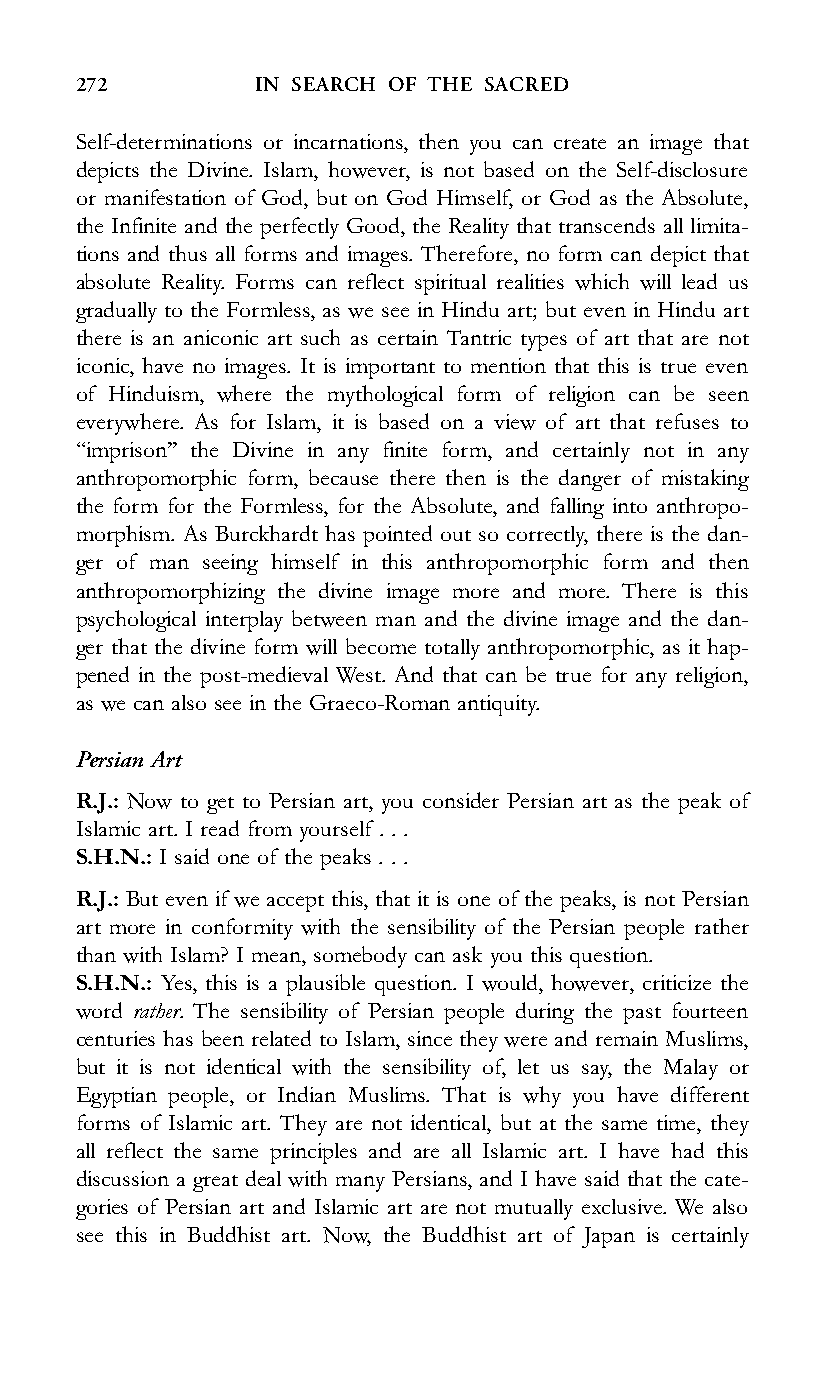
272         IN SEARCH OF THE SACRED
 Self-determinations or incarnations, then you can create an image that
 depicts the Divine. Islam, however, is not based on the Self-disclosure
 or manifestation of God, but on God Himself, or God as the Absolute,
 the Infinite and the perfectly Good, the Reality that transcends all limita-
 tions and thus all forms and images. Therefore, no form can depict that
 absolute Reality. Forms can reflect spiritual realities which will lead us
 gradually to the Formless, as we see in Hindu art; but even in Hindu art
 there is an aniconic art such as certain Tantric types of art that are not
 iconic, have no images. It is important to mention that this is true even
 of Hinduism, where the mythological form of religion can be seen
 everywhere. As for Islam, it is based on a view of art that refuses to
 ‘‘imprison’’ the Divine in any finite form, and certainly not in any
 anthropomorphic form, because there then is the danger of mistaking
 the form for the Formless, for the Absolute, and falling into anthropo-
 morphism. As Burckhardt has pointed out so correctly, there is the dan-
 ger of man seeing himself in this anthropomorphic form and then
 anthropomorphizing the divine image more and more. There is this
 psychological interplay between man and the divine image and the dan-
 ger that the divine form will become totally anthropomorphic, as it hap-
 pened in the post-medieval West. And that can be true for any religion,
 as we can also see in the Graeco-Roman antiquity.
 Persian Art
 R.J.: Now to get to Persian art, you consider Persian art as the peak of
 Islamic art. I read from yourself . . .
 S.H.N.: I said one of the peaks . . .
 R.J.: But even if we accept this, that it is one of the peaks, is not Persian
 art more in conformity with the sensibility of the Persian people rather
 than with Islam? I mean, somebody can ask you this question.
 S.H.N.: Yes, this is a plausible question. I would, however, criticize the
 word rather. The sensibility of Persian people during the past fourteen
 centuries has been related to Islam, since they were and remain Muslims,
 but it is not identical with the sensibility of, let us say, the Malay or
 Egyptian people, or Indian Muslims. That is why you have different
 forms of Islamic art. They are not identical, but at the same time, they
 all reflect the same principles and are all Islamic art. I have had this
 discussion a great deal with many Persians, and I have said that the cate-
 gories of Persian art and Islamic art are not mutually exclusive. We also
 see this in Buddhist art. Now, the Buddhist art of Japan is certainly